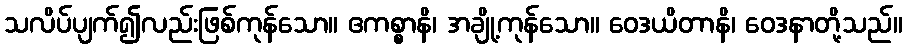
သလိပ်ပျက်၍လည်းဖြစ်ကုန်သော။ ဧကစ္စာနိ၊ အချို့ကုန်သော။ ဝေဒယိတာနိ၊ ဝေဒနာတို့သည်။